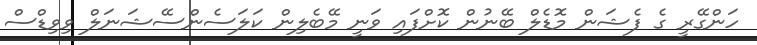
ހަންގޭރީ ގެ ފެޝަން މޮޑެލް ބޭނުން ކޮށްފައި ވަނީ މޭބެލިން ކަލަސެންސޭޝަނަލް ވިވިޑްސް